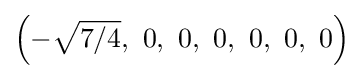
\left(-{\sqrt {7/4}},\ 0,\ 0,\ 0,\ 0,\ 0,\ 0\right)